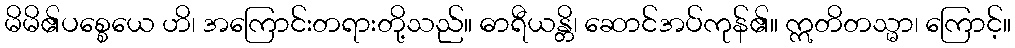
မိမိ၏ပစ္စေယေ ဟိ၊ အကြောင်းတရားတို့သည်။ ဓာရီယန္တိ၊ ဆောင်အပ်ကုန်၏။ ဣတိတသ္မာ၊ ကြောင့်။